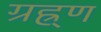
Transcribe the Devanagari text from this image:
ग्रह्र्ण